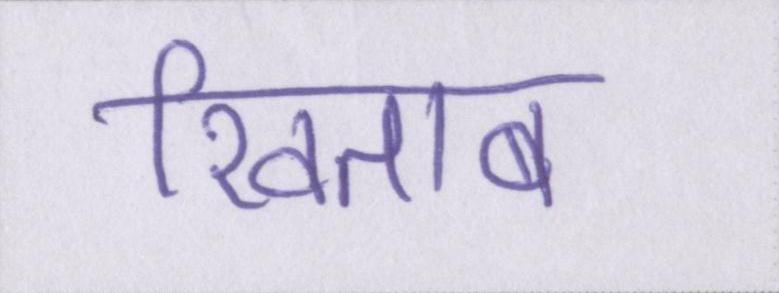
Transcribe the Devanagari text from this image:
खिताब